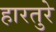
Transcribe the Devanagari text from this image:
हारतुरे